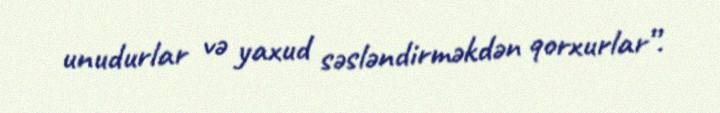
unudurlar və yaxud səsləndirməkdən qorxurlar”.